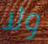
ولا